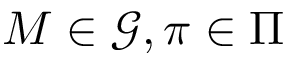
M \in \mathcal G , \pi \in \Pi